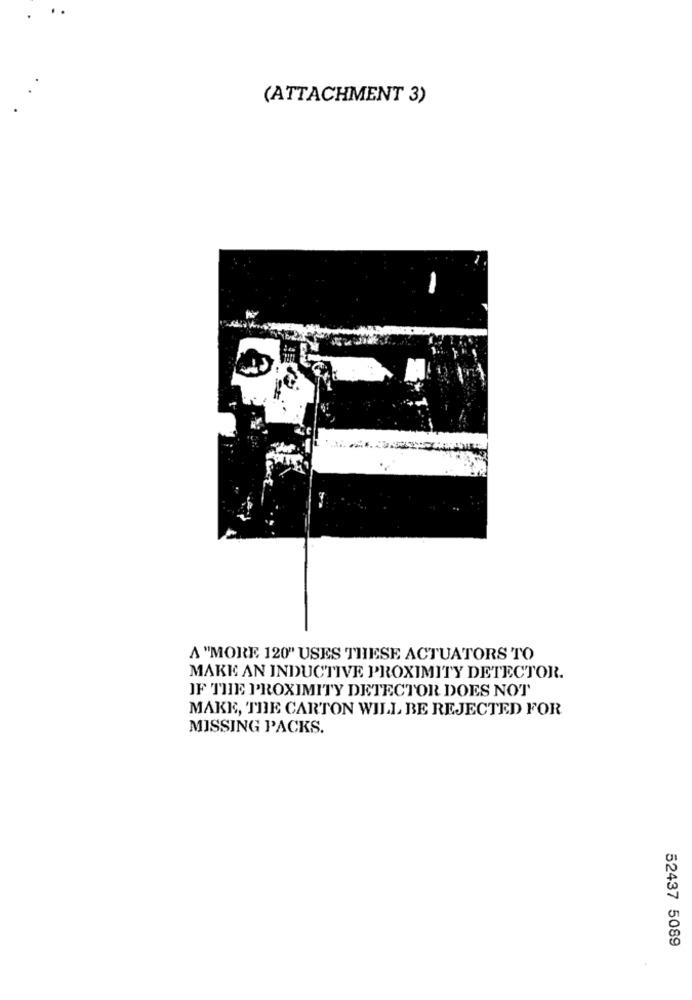
(ATTACHMENT 3)
A "MORE 120" USES THESE ACTUATORS TO
MAKE AN INDUCTIVE PROXIMITY DETECTOR.
IF THE PROXIMITY DETECTOR DOES NOT
MAKE, THE CARTON WILL BE REJECTED FOR
MISSING PACKS.
52437 5089